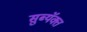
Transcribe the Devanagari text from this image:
सुब्यॅक्त